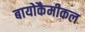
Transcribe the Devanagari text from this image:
बायोकैमीकल